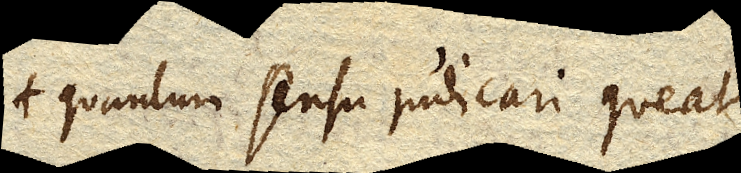
quantum sensu judicari queat,